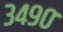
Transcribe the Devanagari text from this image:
३४९०